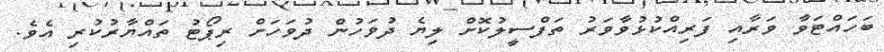
ބަހައްޓަވާ ވަރާއި ފަރިއްކުޅުވާވަރު ތަފްސީލުކޮށް ލިޔެ ދުވަހުން ދުވަހަށް ރިޕޯޓު ތައްޔާރުކުރި އެވެ.